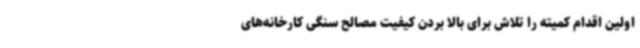
اولین اقدام کمیته را تلاش برای بالا بردن کیفیت مصالح سنگی کارخانه‌های